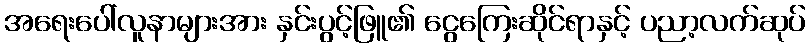
အရေးပေါ်လူနာများအား နှင်းပွင့်ဖြူ၏ ငွေကြေးဆိုင်ရာနှင့် ပညာ့လက်ဆုပ်